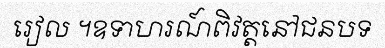
រៀល ។ឧទាហរណ៍ពិវត្តនៅជនបទ